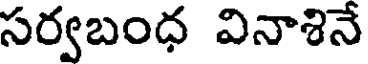
సర్వబంధ వినాశినే